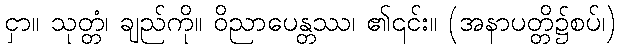
ငှာ။ သုတ္တံ၊ ချည်ကို။ ဝိညာပေန္တဿ၊ ၏၎င်း။ (အနာပတ္တိ၌စပ်၊)